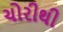
ચોરીથી